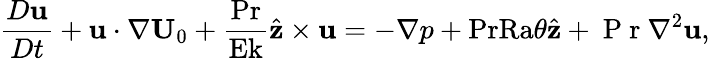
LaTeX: \frac{D\textbf{u}}{Dt}+\textbf{u}\cdot\nabla\textbf{U}_{0}+\frac{\textrm{Pr}}{\textrm{Ek}}\hat{\textbf{z}}\times\textbf{u}=-\nabla p+\textrm{PrRa}\theta\hat{\textbf{z}}+\mathrm{~P~r~}\nabla^{2}\textbf{u},